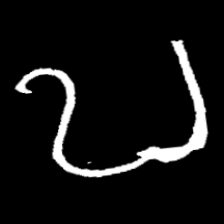
Pyu character \u2014 Myanmar letter: ဎ (romanized: ddha)